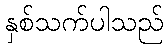
နှစ်သက်ပါသည်